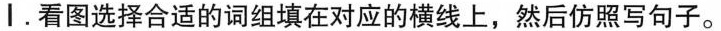
I.看图选择合适的词组填在对应的横线上,然后仿照写句子。